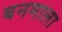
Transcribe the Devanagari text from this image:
बनमाला